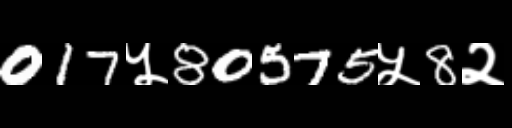
Text: 017५80575५8२